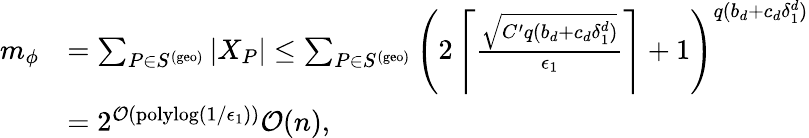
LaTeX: \begin{array}{rl}{m_{\phi}}&{=\sum_{P\in S^{\mathrm{(geo)}}}|X_{P}|\leq\sum_{P\in S^{\mathrm{(geo)}}}\left(2\left\lceil\frac{\sqrt{C^{\prime}q(b_{d}+c_{d}\delta_{1}^{d})}}{\epsilon_{1}}\right\rceil+1\right)^{q(b_{d}+c_{d}\delta_{1}^{d})}}\\ &{=2^{\mathcal{O}(\mathrm{polylog}(1/\epsilon_{1}))}\mathcal{O}(n),}\end{array}